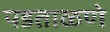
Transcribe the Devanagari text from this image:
पडताळणे